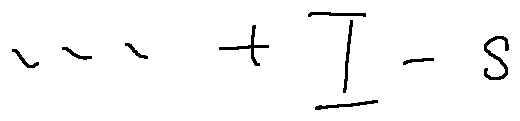
\cdots + I - s